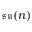
{ \mathfrak { s u } } ( n )